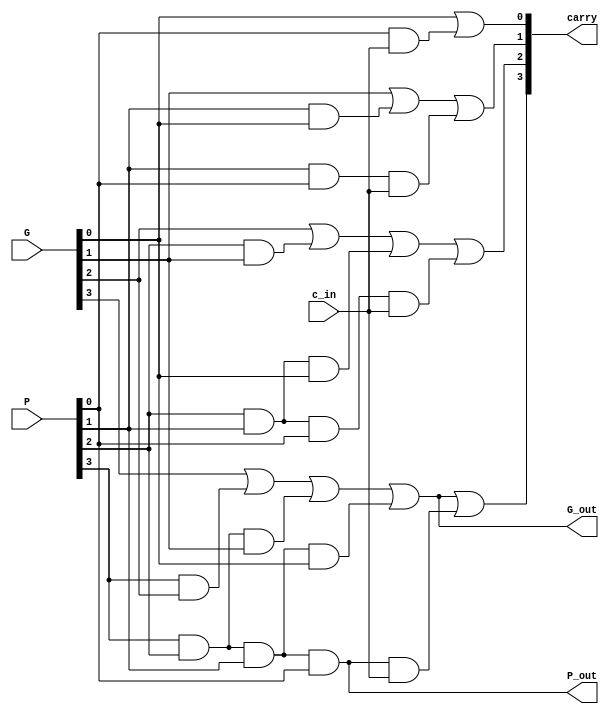
module LookaheadCarryUnit(
    input c_in,
    input [3:0] P,
    input [3:0] G,
    output [4:1] carry,
    output P_out,
    output G_out
    );

	// calculate the lookahead carries using block propagate and generate from previous level
	assign carry[1] = G[0] | (P[0] & c_in);
	assign carry[2] = G[1] | (P[1] & G[0]) | (P[1] & P[0] & c_in);
	assign carry[3] = G[2] | (P[2] & G[1]) | (P[2] & P[1] & G[0]) | (P[2] & P[1] & P[0] & c_in);
	assign carry[4] = G[3] | (P[3] & G[2]) | (P[3] & P[2] & G[1]) | (P[3] & P[2] & P[1] & G[0]) | (P[3] & P[2] & P[1] & P[0] & c_in);
	
	// calculate the block propagate and generate for the next level
	assign P_out = P[3] & P[2] & P[1] & P[0];
	assign G_out = G[3] | (P[3] & G[2]) | (P[3] & P[2] & G[1]) | (P[3] & P[2] & P[1] & G[0]);

endmodule